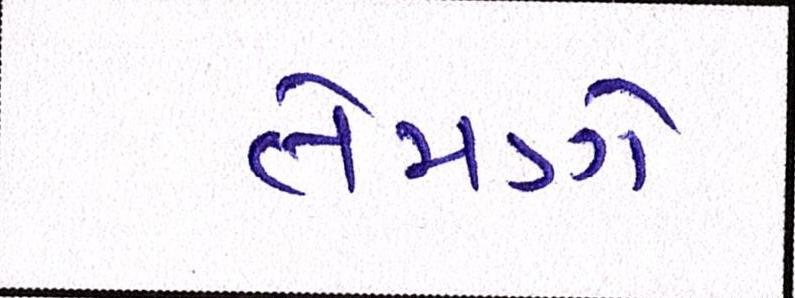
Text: તેમણે